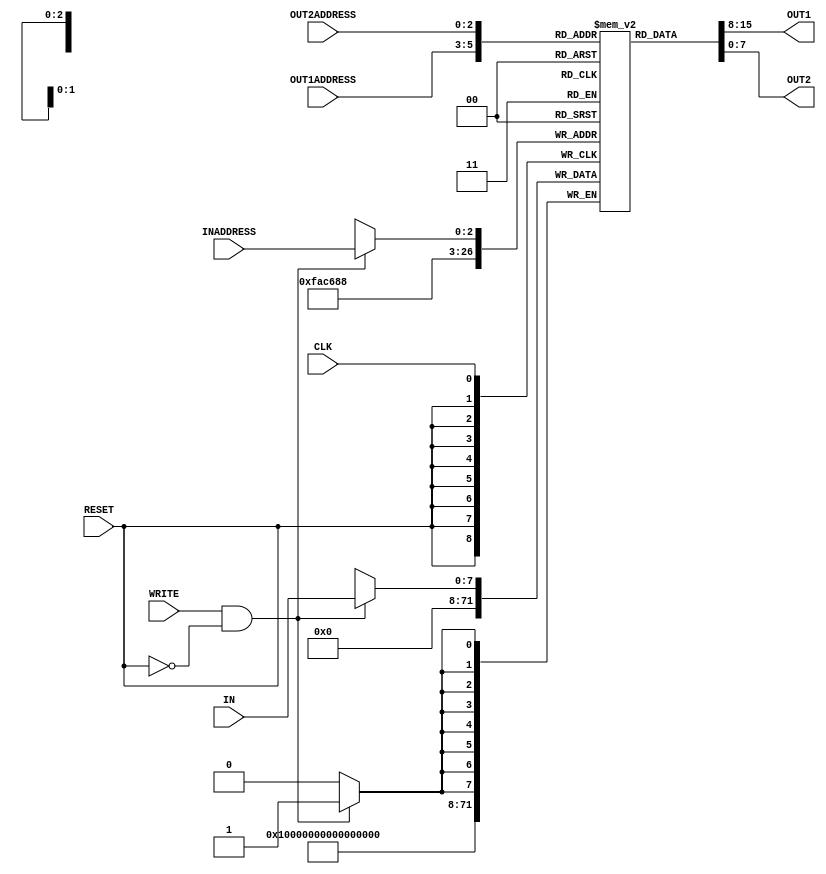
/* Computer Architecture Lab 05 Part II
 * Design: Register File
 */

 module reg_file(IN, OUT1, OUT2, INADDRESS, OUT1ADDRESS, OUT2ADDRESS, WRITE, CLK, RESET);
 	//Defining ports
 	input [0:2] OUT2ADDRESS, OUT1ADDRESS, INADDRESS;
	input [0:7] IN;
	input CLK, WRITE, RESET;
	output [0:7] OUT1, OUT2;

	reg [0:7] OUT1, OUT2;
	reg [0:7] register_array [0:7];
	reg [0:3] i;//increment

	//Set output 1
	always @ (OUT1ADDRESS, register_array[OUT1ADDRESS])
	begin
		case(RESET)
			1'b1:
				//Delaying time = resetting time + reading time =4
				#4
				OUT1 = register_array[OUT1ADDRESS];
			1'b0:
				//Only reading time delaying
				#2
				OUT1 = register_array[OUT1ADDRESS];
		endcase
		
	end
	//Set output2
	always @ (OUT2ADDRESS, register_array[OUT2ADDRESS])
	begin
		case(RESET)
			1'b1:
				//Delaying time = resetting time + reading time =4
				#4
				OUT2 = register_array[OUT2ADDRESS];
			1'b0:
				//Only reading time delaying
				#2
				OUT2 = register_array[OUT2ADDRESS];
		endcase
	end

	//Resetting
	always @ (posedge RESET)
	begin
		//2 units time delaying
		#2
		//set all values to zero
		for(i=0;i<8;i=i+1)
		begin
			register_array[i] = 8'b00000000;
		end
	end

	//Writing values
	always @ (posedge CLK)
	begin
		if(WRITE && (~RESET )) 
		begin
			//Time delaying of 2 when writing
			#2
			//Writing in register file
			register_array[INADDRESS] = IN;
		end
	end
 endmodule

module reg_file_tb;
    
    reg [7:0] WRITEDATA;
    reg [2:0] WRITEREG, READREG1, READREG2;
    reg CLK, RESET, WRITEENABLE; 
    wire [7:0] REGOUT1, REGOUT2;
    
    reg_file myregfile(WRITEDATA, REGOUT1, REGOUT2, WRITEREG, READREG1, READREG2, WRITEENABLE, CLK, RESET);
       
    initial
    begin
        CLK = 1'b1;
        
        // generate files needed to plot the waveform using GTKWave
        $dumpfile("reg_file_wavedata.vcd");
		$dumpvars(0, reg_file_tb);
        
        // assign values with time to input signals to see output 
        RESET = 1'b0;
        WRITEENABLE = 1'b0;
        
        #1
        RESET = 1'b1;
        READREG1 = 3'd0;
        READREG2 = 3'd4;
        
        #8
        RESET = 1'b0;
        
        #5
        WRITEREG = 3'd2;
        WRITEDATA = 8'd80;
        WRITEENABLE = 1'b1;
        
        #10
        WRITEENABLE = 1'b0;
        
        #1
        READREG1 = 3'd2;
        
        #9
        WRITEREG = 3'd1;
        WRITEDATA = 8'd35;
        WRITEENABLE = 1'b1;
        READREG1 = 3'd1;
        
        #10
        WRITEENABLE = 1'b0;
        
        #10
        WRITEREG = 3'd4;
        WRITEDATA = 8'd6;
        WRITEENABLE = 1'b1;

        #10
        READREG1 = 3'd1;
        READREG2 = 3'd2;

         #10
        READREG1 = 3'd3;
        READREG2 = 3'd4;
        
        #10
        WRITEDATA = 8'd15;
        WRITEENABLE = 1'b1;
        
        #10
        WRITEENABLE = 1'b0;
        
        #6
        WRITEREG = 3'd1;
        WRITEDATA = 8'd50;
        WRITEENABLE = 1'b1;
        
        #5
        WRITEENABLE = 1'b0;
        
        #10
        $finish;
    end
    
    // clock signal generation
    always
        #5 CLK = ~CLK;
        
endmodule